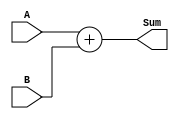
`timescale 1ns / 1ps
//////////////////////////////////////////////////////////////////////////////////
// Company: 
// Engineer: 
// 
// Design Name: 
// Module Name: adder16
// Project Name: 
// Target Devices: 
// Tool Versions: 
// Description: 
// 
// Dependencies: 
// 
// Revision:
// Revision 0.01 - File Created
// Additional Comments:
// 
//////////////////////////////////////////////////////////////////////////////////


module adder16(
input signed[15:0]A,
input signed[15:0]B,
output signed[16:0]Sum
    );
assign Sum=A+B; 
endmodule